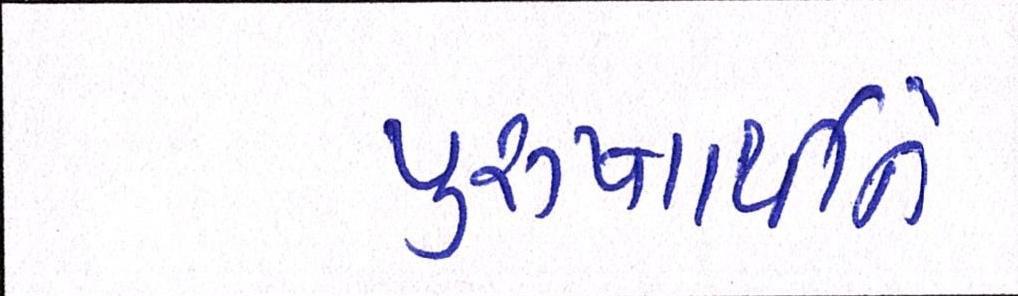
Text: પુરુષાર્થીને